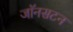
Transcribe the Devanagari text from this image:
जॉनसटन